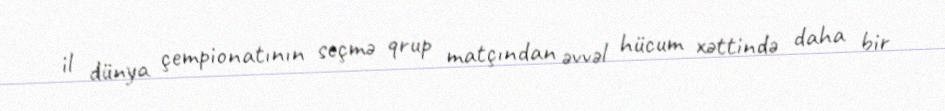
il dünya çempionatının seçmə qrup matçından əvvəl hücum xəttində daha bir